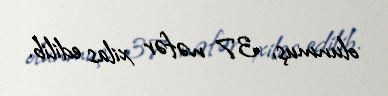
olunmuş, 37 nəfər xilas edilib.